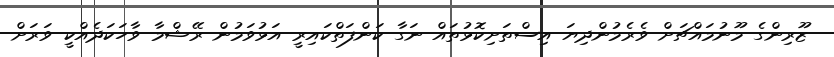
ޒޫރިންގެ މޫނުމައްޗަށް ވެރެމުންދިޔަ އިސްތަށިކޮޅުތައް ނަގާ ކަންފަތްކައިރީ އަޅުވަމުން ރޭޝްމާ ވާހަކަދެއްކީ ވަރަށް